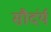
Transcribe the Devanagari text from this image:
सौदंर्य